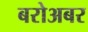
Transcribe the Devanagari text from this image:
बरोअबर